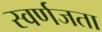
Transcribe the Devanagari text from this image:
स्वर्णजता